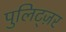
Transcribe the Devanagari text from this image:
पुलिट्ज़र